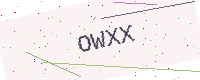
Text: OWXX